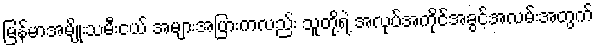
မြန်မာအမျိုးသမီးငယ် အများအပြားကလည်း သူတို့ရဲ့ အလုပ်အကိုင်အခွင့်အလမ်းအတွက်